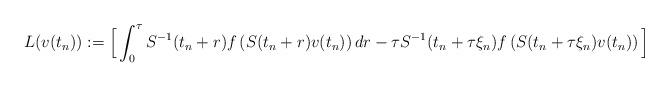
LaTeX: \begin{align*}L(v(t_n)) := \Big[ \int_0^{\tau}S^{-1}(t_n+r) f \left( S(t_n+r)v(t_n)\right) d r - \tau S^{-1}(t_n+\tau\xi_n) f\left( S(t_n+\tau\xi_n)v(t_n)\right)\Big]\end{align*}